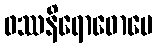
ဖဿနိရောဓောပေ